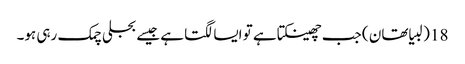
18 (لبیا تھان ) جب چھینکتا ہے تو ایسا لگتا ہے جیسے بجلی چمک رہی ہو۔